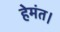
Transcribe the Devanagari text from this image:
हेमंत।